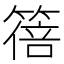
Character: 𫂕